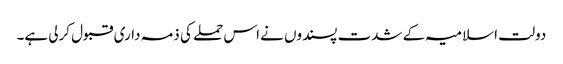
دولت اسلامیہ کے شدت پسندوں نے اس حملے کی ذمہ داری قبول کرلی ہے۔